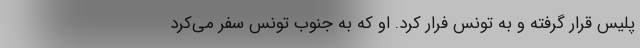
پلیس قرار گرفته و به تونس فرار کرد. او که به جنوب تونس سفر می‌کرد